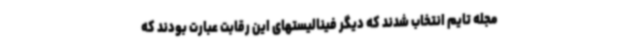
مجله تایم انتخاب شدند که دیگر فینالیستهای این رقابت عبارت بودند که